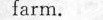
farm.